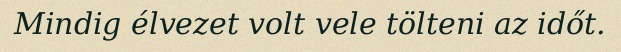
Mindig élvezet volt vele tölteni az időt.